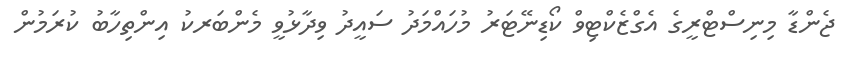
ޖެންޑާ މިނިސްޓްރީގެ އެގްޒެކްޓިވް ކޯޑިނޭޓަރު މުހައްމަދު ސައީދު ވިދާޅުވީ މެންބަރކު އިންތިހާބު ކުރަމުން